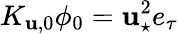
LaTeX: K_{\mathbf{u},0}\phi_{0}=\mathbf{u}_{\star}^{2}e_{\tau}